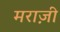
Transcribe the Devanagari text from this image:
मराज़ी